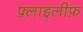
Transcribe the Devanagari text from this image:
फ़्लाइलीफ़